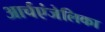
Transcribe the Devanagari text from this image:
आर्चएंजेलिका